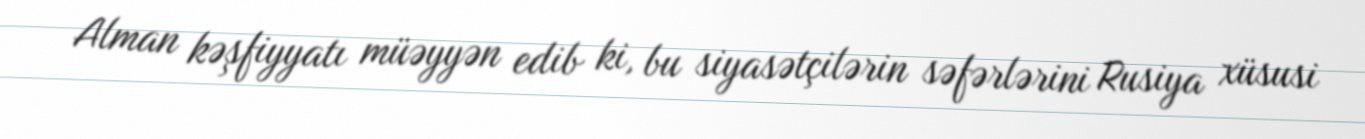
Alman kəşfiyyatı müəyyən edib ki, bu siyasətçilərin səfərlərini Rusiya xüsusi